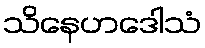
သိနေဟဒေါသံ